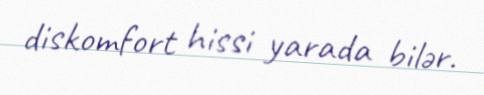
diskomfort hissi yarada bilər.